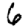
Digit: 6